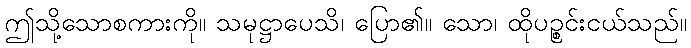
ဤသို့သောစကားကို။ သမုဋ္ဌာပေသိ၊ ပြော၏။ သော၊ ထိုပဉ္စင်းငယ်သည်။